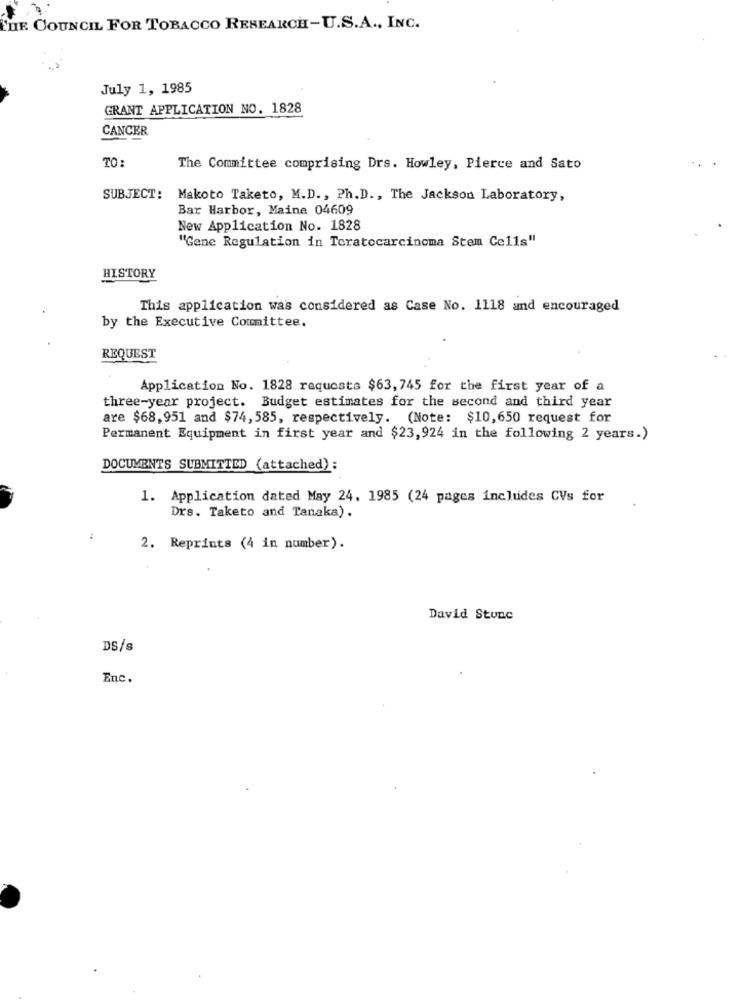
THE COUNCIL FOR TOBACCO RESEARCH-U.S.A ., INC.
July 1, 1985
GRANT APPLICATION NO. 1828
CANCER
TO:
The Committee comprising Drs. Howley, Pierce and Sato
SUBJECT:
Makoto Taketo, M.D ., Ph.D ., The Jackson Laboratory,
Bar Harbor, Maine 04609
New Application No. 1828
"Gene Regulation in Teratocarcinoma Stem Cells"
HISTORY
This application was considered as Case No. 1118 and encouraged
by the Executive Committee.
REQUEST
Application No. 1828 requests $63, 745 for the first year of a
three-year project. Budget estimates for the second and third year
are $68,951 and $74,585, respectively. (Note: $10,650 request for
Permanent Equipment in first year and $23,924 in the following 2 years.)
DOCUMENTS SUBMITTED (attached):
1. Application dated May 24. 1985 (24 pages includes CVs for
Drs. Taketo and Tanaka).
:
2. Reprints (4 in number).
David Stune
DS/s
Enc.